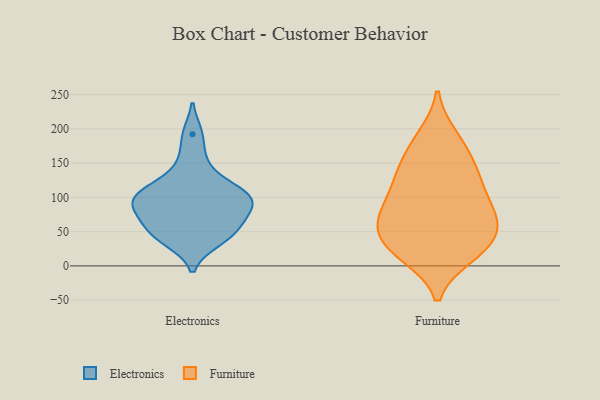
{"axis": {"x": "Net Income (USD K)", "y": "Value"}, "legend": ["Electronics", "Furniture"], "data": [{"x": "", "y": 49, "type": "Electronics"}, {"x": "", "y": 120, "type": "Electronics"}, {"x": "", "y": 89, "type": "Electronics"}, {"x": "", "y": 152, "type": "Electronics"}, {"x": "", "y": 98, "type": "Electronics"}, {"x": "", "y": 60, "type": "Electronics"}, {"x": "", "y": 102, "type": "Electronics"}, {"x": "", "y": 82, "type": "Electronics"}, {"x": "", "y": 109, "type": "Electronics"}, {"x": "", "y": 41, "type": "Electronics"}, {"x": "", "y": 98, "type": "Electronics"}, {"x": "", "y": 37, "type": "Electronics"}, {"x": "", "y": 69, "type": "Electronics"}, {"x": "", "y": 192, "type": "Electronics"}, {"x": "", "y": 70, "type": "Furniture"}, {"x": "", "y": 69, "type": "Furniture"}, {"x": "", "y": 144, "type": "Furniture"}, {"x": "", "y": 156, "type": "Furniture"}, {"x": "", "y": 189, "type": "Furniture"}, {"x": "", "y": 110, "type": "Furniture"}, {"x": "", "y": 48, "type": "Furniture"}, {"x": "", "y": 15, "type": "Furniture"}, {"x": "", "y": 96, "type": "Furniture"}, {"x": "", "y": 132, "type": "Furniture"}, {"x": "", "y": 68, "type": "Furniture"}, {"x": "", "y": 40, "type": "Furniture"}, {"x": "", "y": 31, "type": "Furniture"}, {"x": "", "y": 17, "type": "Furniture"}, {"x": "", "y": 184, "type": "Furniture"}, {"x": "", "y": 59, "type": "Furniture"}, {"x": "", "y": 129, "type": "Furniture"}, {"x": "", "y": 18, "type": "Furniture"}, {"x": "", "y": 89, "type": "Furniture"}]}